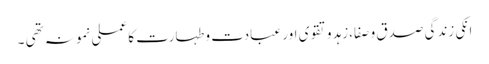
انکی زندگی صدق و صفا،زہد و تقوی اور عبادت و طہارت کا عملی نمونہ تھی ۔